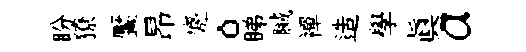
盼獠饜昂蹙。睇贓襌造學眞a